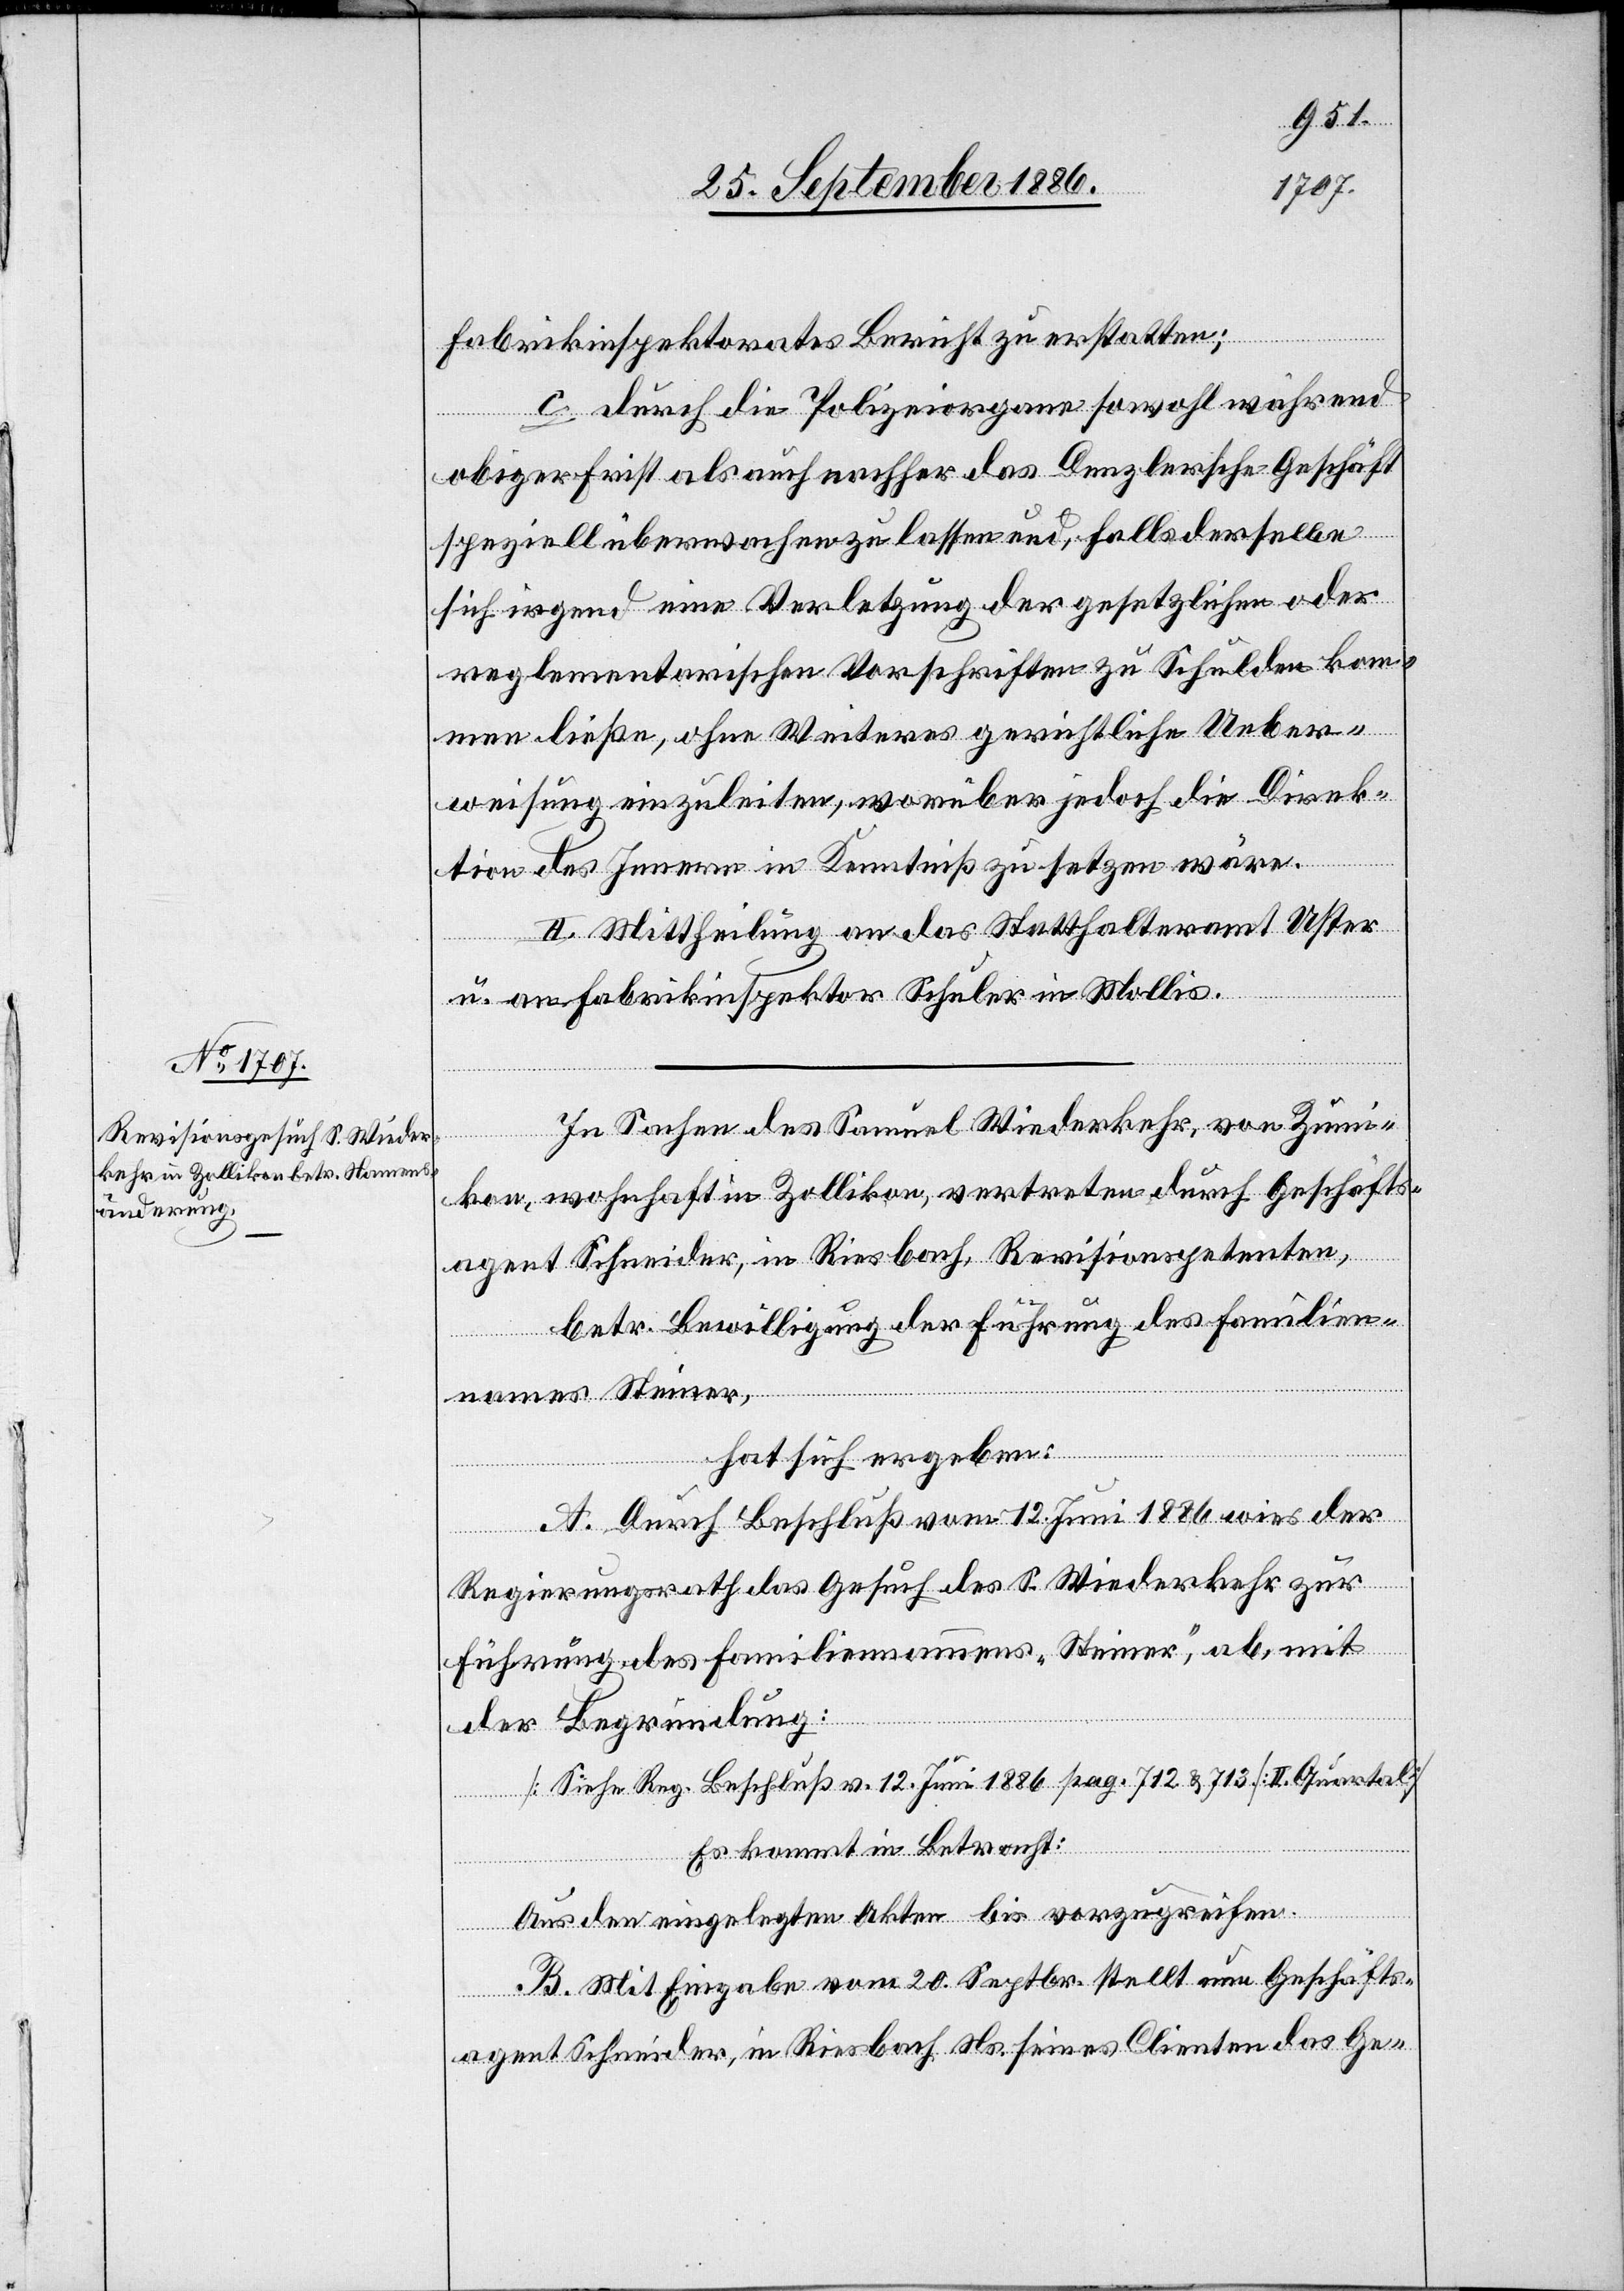
Fabrikinspektorates Bericht zu erstatten;
c. durch die Polizeiorgane sowohl während
obiger Frist als auch nachher das Denzlersche Geschäft
speziell überwachen zu lassen und, falls derselbe
sich irgend eine Verletzung der gesetzlichen oder
reglementarischen Vorschriften zu Schulden kom¬
men ließe, ohne Weiteres gerichtliche Ueber¬
weisung einzuleiten, worüber jedoch die Direk¬
tion des Innern in Kenntniß zu setzen wäre.
II. Mittheilung an das Statthalteramt Uster
u. an Fabrikinspektor Schuler in Mollis.
In Sachen des Samuel Wiederkehr, von Zum¬
ikon, wohnhaft in Zollikon, vertreten durch Geschäfts¬
agent Schneider, in Riesbach, Revisionspetenten,
betr. Bewilligung der Führung des Familien¬
namens Steiner,
hat sich ergeben:
A. Durch Beschluß vom 12. Juni 1886 wies der
Regierungsrath das Gesuch des S. Wiederkehr zur
Führung des Familiennamens „Steiner“, ab, mit
der Begründung:
[Siehe Reg. Beschluß v. 12. Juni 1886 pag. 712 & 713, II. Quartal]
Es kommt in Betracht:
Aus den eingelegten Akten … bis vorzugreifen.
B. Mit Eingabe vom 20. Septbr. stellt nun Geschäfts¬
agent Schneider, in Riesbach Ns. seines Clienten das Ge-